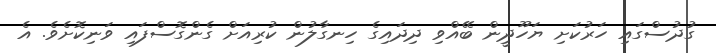
ގުދުސްގައި ހަރުކަށި ޔަހޫދީން ބޭއްވި ދިދައިގެ ހިނގާލުން ކުރިއަށް ގެންގޮސްފައި ވަނިކޮށެވެ. އެ